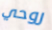
روحي